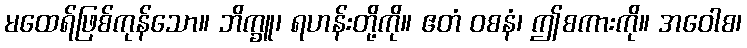
မထေရ်ဖြစ်ကုန်သော။ ဘိက္ခူ၊ ရဟန်းတို့ကို။ ဧတံ ဝစနံ၊ ဤစကားကို။ အဝေါစ၊